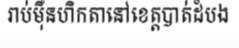
រាប់ម៉ឺនហិកតានៅខេត្តបាត់ដំបង